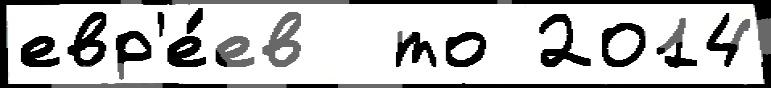
евр'е́ев  то 2014